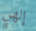
إلهي